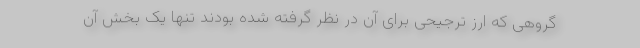
گروهی که ارز ترجیحی برای آن در نظر گرفته شده بودند تنها یک بخش آن